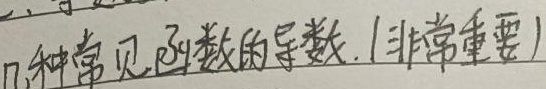
几种常见函数的导数.(非常重要)